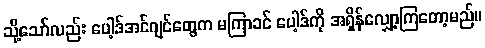
သို့သော်လည်း ပေါ့ဒ်အင်ဂျင်တွေက မကြာခင် ပေါ့ဒ်ကို အရှိန်လျှော့ကြတော့မည်။